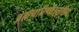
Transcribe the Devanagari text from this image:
ब्रह्मचारिणी।तृतीयं